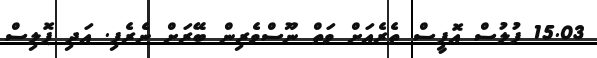
15.03 ފުލުސް އޮފީސް ތެރެއަށް ވަތް ނޫސްވެރިން ބޭރަށް ނެރެފި. އަދި ޕޮލިސް